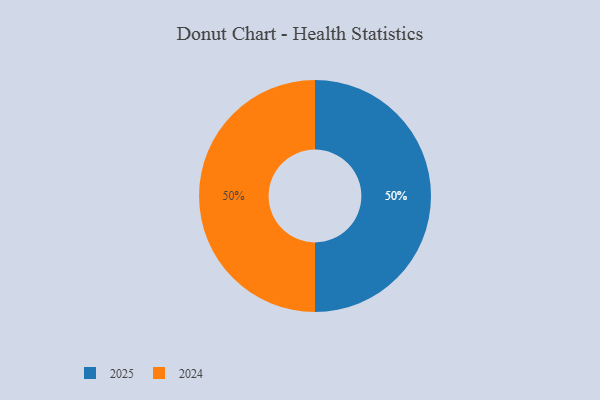
{"axis": {"x": "Category", "y": "Percentage"}, "legend": ["2024", "2025"], "data": [{"x": "2025", "y": 50, "type": "2025"}, {"x": "2024", "y": 50, "type": "2024"}]}